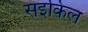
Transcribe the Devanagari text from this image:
सइकिल